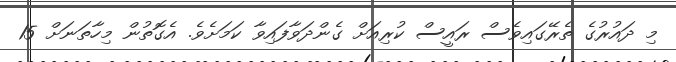
މި ދައުރުގެ ތެރޭގައިވެސް ރައީސް ކުރިއަށް ގެންދަވާފައިވާ ކަމަށެވެ. އެގޮތުން މިހާތަނަށް 15